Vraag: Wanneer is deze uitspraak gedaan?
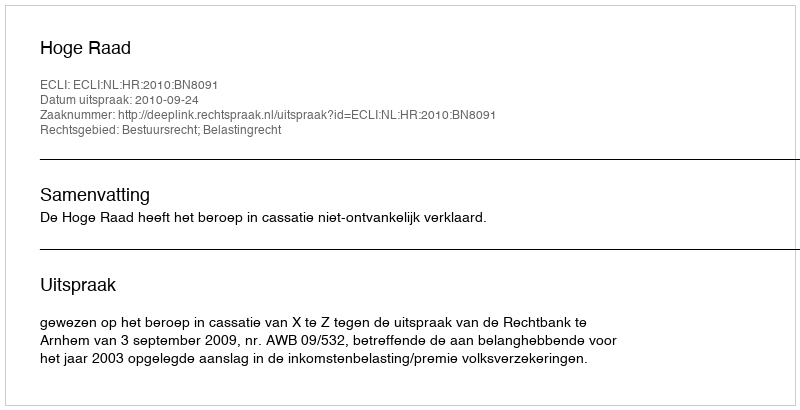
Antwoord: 2010-09-24